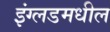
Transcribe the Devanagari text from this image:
इंग्लडमधील